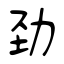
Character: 劲